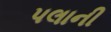
પલાની